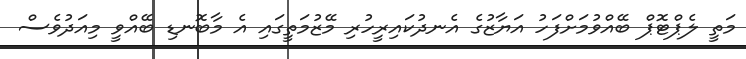
މަތީ ލެޕްޓޮޕް ބޭއްވުމަށްފަހު އަޔާޒުގެ އެނދުކައިރީހުރި މޭޒުމަތީގައި އެ މާބޮނޑި ބޭއްވީ މިއަދުވެސް